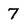
Character: 7